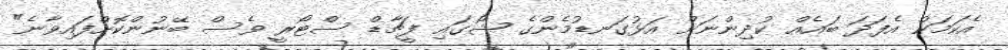
އެކަމަކު އެފަދަ ބައެއް ކުދިންނަށް އަޅުގަނޑުމެންގެ ޝޯގައި ފީޗާޑް ސްޓޯރީ ވެސް ބޭނުންކޮށްފައިވާނެ"